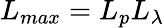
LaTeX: L_{max}=L_{p}L_{\lambda}